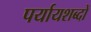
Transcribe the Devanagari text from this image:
पर्यायशब्दों